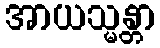
အာယသ္မန္တာ